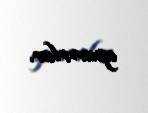
aparırlar.